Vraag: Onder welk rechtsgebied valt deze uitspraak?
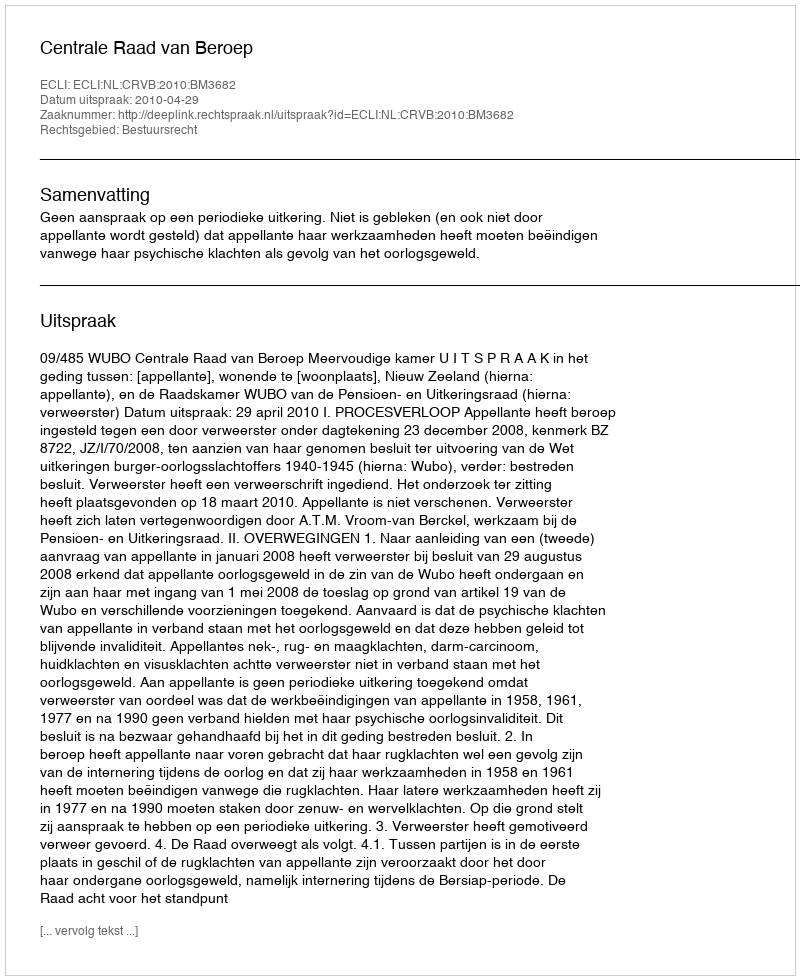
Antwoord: Bestuursrecht